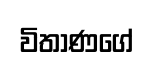
විතාණගේ